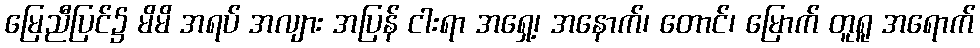
မြေညီပြင်၌ မိမိ အရပ် အလျား အပြန် ငါးရာ အရှေ့၊ အနောက်၊ တောင်၊ မြောက် တူရူ အရောက်